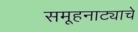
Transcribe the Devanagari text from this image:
समूहनाट्याचे